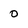
Character: 0